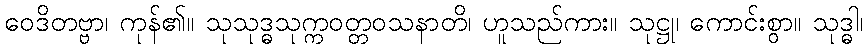
ဝေဒိတဗ္ဗာ၊ ကုန်၏။ သုသုဒ္ဓသုက္ကဝတ္တဝသနာတိ၊ ဟူသည်ကား။ သုဋ္ဌု၊ ကောင်းစွာ။ သုဒ္ဓါ၊